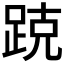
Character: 𰸑